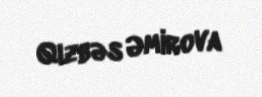
Qızbəs Əmirova